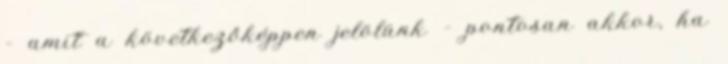
– amit a következőképpen jelölünk – pontosan akkor, ha